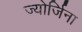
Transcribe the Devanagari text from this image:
ज्योर्जिना